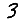
Digit: 3